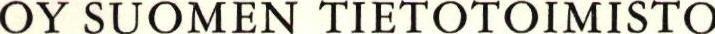
OY SUOMEN TIETOTOIMISTO